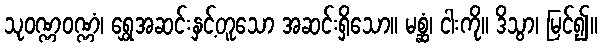
သုဝဏ္ဏဝဏ္ဏံ၊ ရွှေအဆင်းနှင့်တူသော အဆင်းရှိသော။ မစ္ဆံ၊ ငါးကို။ ဒိသွာ၊ မြင်၍။